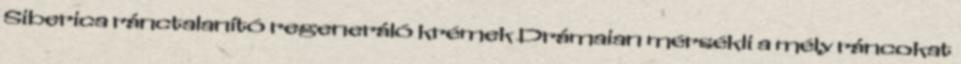
Siberica ránctalanító regeneráló krémek Drámaian mérsékli a mély ráncokat